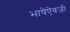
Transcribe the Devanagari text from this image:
भाषेऐवजी